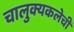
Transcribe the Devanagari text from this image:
चालुक्यकलेची